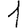
Digit: 1